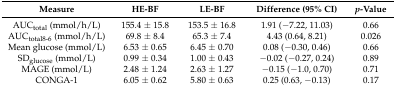
| Measure | HE-BF | LE-BF | Difference (95% CI) | p-Value |
 | --- | --- | --- | --- | --- |
 | AUCtotal (mmol/h/L) | 155.4 ± 15.8 | 153.5 ± 16.8 | 1.91 (−7.22, 11.03) | 0.66 |
 | AUCtotal8-6 (mmol/h/L) | 69.8 ± 8.4 | 65.3 ± 7.4 | 4.43 (0.64, 8.21) | 0.026 |
 | Mean glucose (mmol/L) | 6.53 ± 0.65 | 6.45 ± 0.70 | 0.08 (−0.30, 0.46) | 0.66 |
 | SDglucose (mmol/L) | 0.99 ± 0.34 | 1.00 ± 0.43 | −0.02 (−0.27, 0.24) | 0.89 |
 | MAGE (mmol/L) | 2.48 ± 1.24 | 2.63 ± 1.27 | −0.15 (−1.0, 0.70) | 0.71 |
 | CONGA-1 | 6.05 ± 0.62 | 5.80 ± 0.63 | 0.25 (0.63, −0.13) | 0.17 |